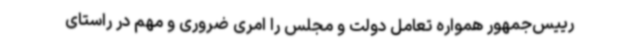
رییس‌جمهور همواره تعامل دولت و مجلس را امری ضروری و مهم در راستای